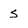
Character: s